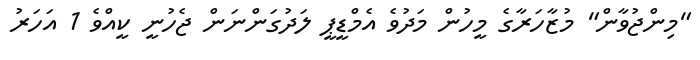
"މިންޖުވާން" މުޒާހަރާގެ މީހުން މަދުވެ އެމްޑީޕީ ލަދުގަންނަން ޖެހުނީ ކީއްވެ 1 އަހަރު